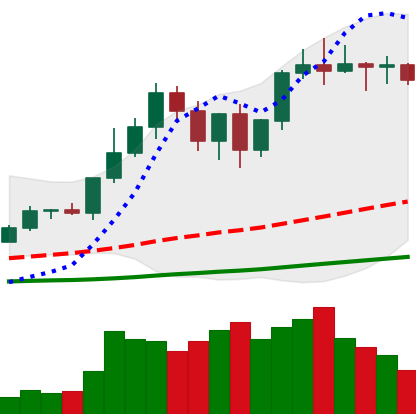
Ticker: LTC-USD
Chart end date: 2020-12-31
Forward return: 27.191%
Label: up_7plus